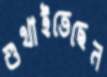
শুখাইতেছেন